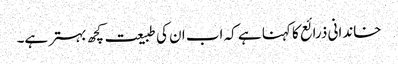
خاندانی ذرائع کا کہنا ہے کہ اب ان کی طبیعت کچھ بہتر ہے۔